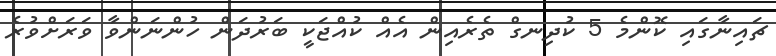
ޗައިނާގައި ކޮންމެ 5 ކުދިނގް ތެރެއިން އެއް ކުއްޖަކީ ބަރުދަން ހުންނަންވާ ވަރަށްވުރެ